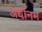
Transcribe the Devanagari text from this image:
अधीनम